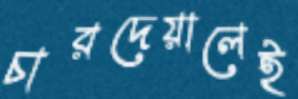
চারদেয়ালেই